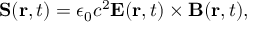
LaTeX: \mathbf { S } ( \mathbf { r } , t ) = \epsilon _ { 0 } c ^ { 2 } \mathbf { E } ( \mathbf { r } , t ) \times \mathbf { B } ( \mathbf { r } , t ) ,